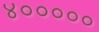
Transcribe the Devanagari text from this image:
४०००००